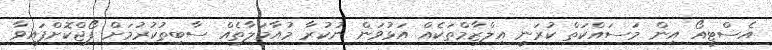
އެސްޓީއޯ އިން މަސައްކަތް ކުރަނީ އިލްޒާމްތަކެއް އަޅުވަން ނުކުރާ މުއާމަލާތެއް ސާބިތުކުރުމަށް ފޯޖްކޮށްފައިވާ